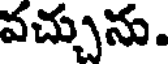
వచ్చును.